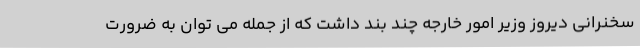
سخنرانی دیروز وزیر امور خارجه چند بند داشت که از جمله می توان به ضرورت